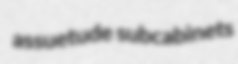
assuetude subcabinets